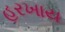
હરખાય